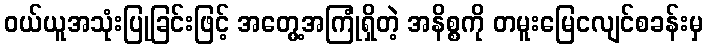
ဝယ်ယူအသုံးပြုခြင်းဖြင့် အတွေ့အကြုံရှိတဲ့ အနိစ္စကို တမူးမြေငလျင်စခန်းမှ